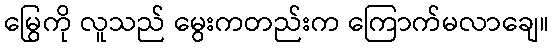
မြွေကို လူသည် မွေးကတည်းက ကြောက်မလာချေ။